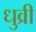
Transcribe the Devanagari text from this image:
धुव्री